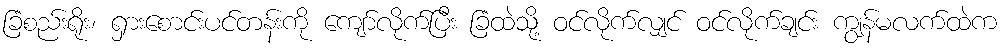
ခြံစည်းရိုး၊ ရှားစောင်းပင်တန်းကို ကျော်လိုက်ပြီး ခြံထဲသို့ ဝင်လိုက်လျှင် ဝင်လိုက်ချင်း ကျွန်မလက်ထဲက